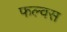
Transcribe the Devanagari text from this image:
फल्वस